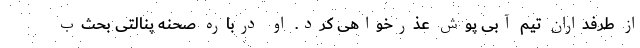
از طرفداران تیم آبی پوش عذرخواهی کرد. او درباره صحنه پنالتی بحث‌ب